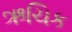
ઋચિક